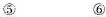
⑤ ⑥